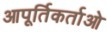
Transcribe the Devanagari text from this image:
आपूर्तिकर्ताओ